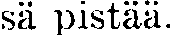
sä pistää.